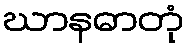
ဃာနဓာတုံ